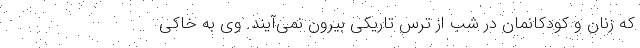
که زنان و کودکانمان در شب از ترس تاریکی بیرون نمی‌آیند. وی به خاکی